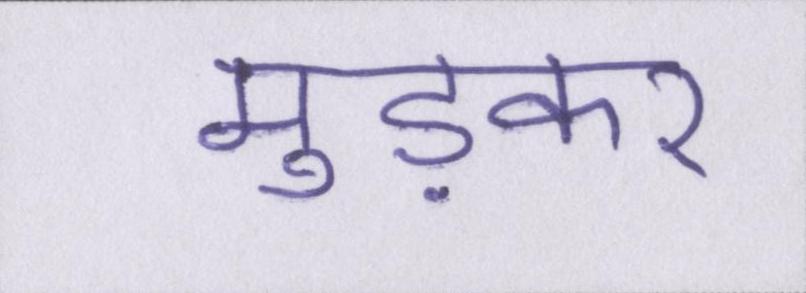
मुड़कर